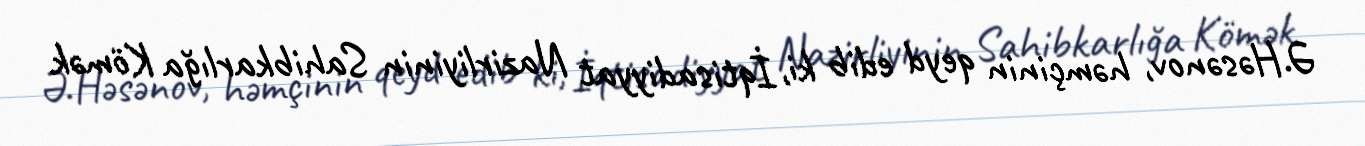
Ə.Həsənov, həmçinin qeyd edib ki, İqtisadiyyat Nazirliyinin Sahibkarlığa Kömək